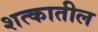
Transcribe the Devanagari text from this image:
शत्कातील